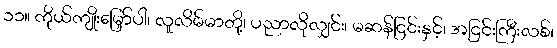
၁၁။ ကိုယ်ကျိုးမြှော်ပါ၊ လူလိမ်မာတို့၊ ပညာလိုလျှင်း၊ မဆန်ငြင်းနှင့်၊ အငြင်းကြီးလစ်၊